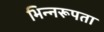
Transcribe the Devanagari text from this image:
भिन्नरूपता